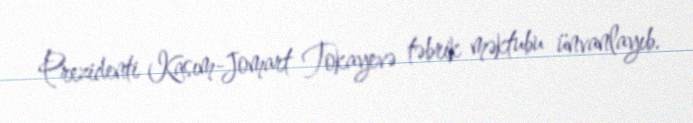
Prezidenti Kasım-Jomart Tokayevə təbrik məktubu ünvanlayıb.